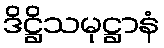
ဒိဋ္ဌိသမုဋ္ဌာနံ